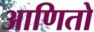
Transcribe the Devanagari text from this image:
आणितो